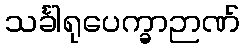
သင်္ခါရုပေက္ခာဉာဏ်